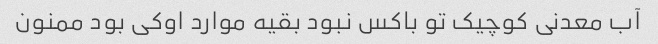
آب معدنی کوچیک تو باکس نبود بقیه موارد اوکی بود ممنون